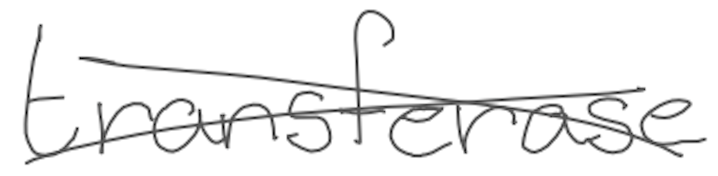
Text: transferase
Cross-out: cross
Writing tool: digital_gray